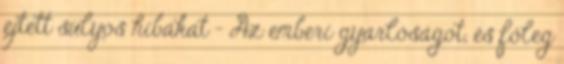
ejtett súlyos hibákat - Az emberi gyarlóságot, és főleg